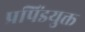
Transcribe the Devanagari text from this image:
प्रपिंडयुक्त